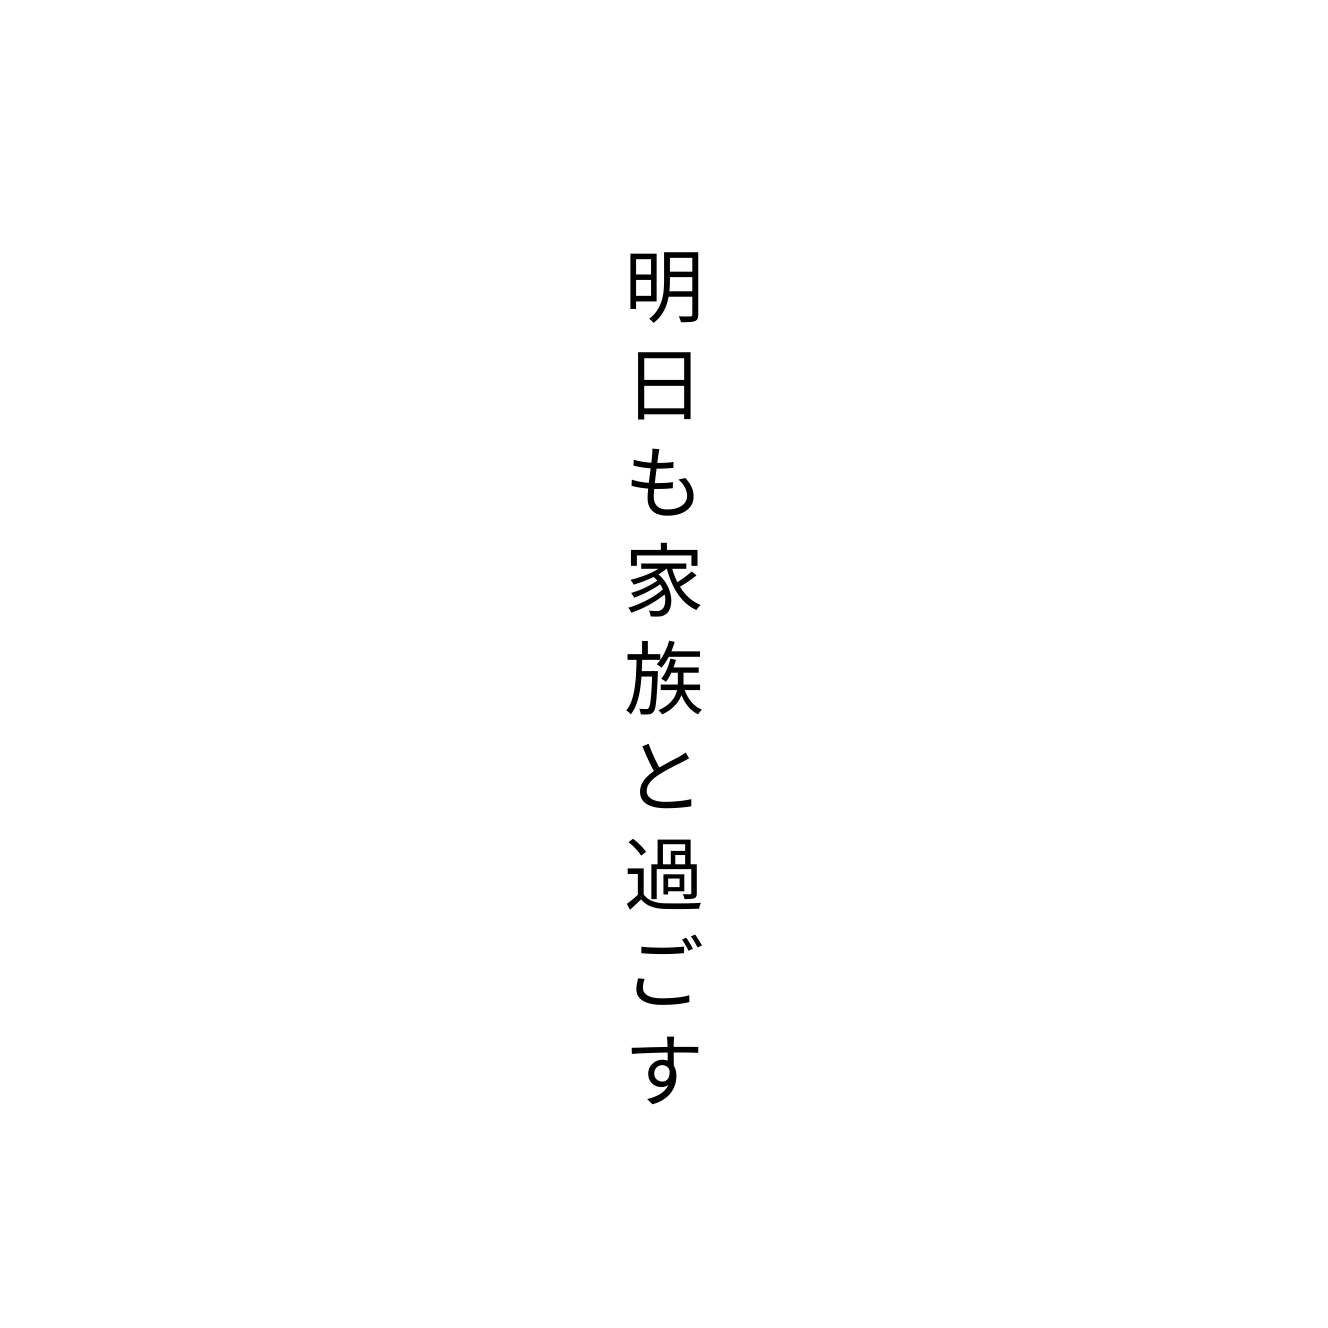
明日も家族と過ごす